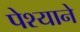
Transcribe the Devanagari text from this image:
पेश्याने